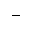
-